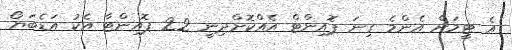
އެ ޓީމަށް އެންމެ ގިނަ ޕޮއިންޓް އެއްކޮށްދިނީ 22 ޕޮއިންޓާ އެކު އަޑެބަޔޯ